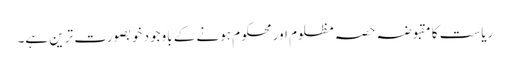
ریاست کا مقبوضہ حصہ مظلوم اور محکوم ہونے کے باوجود خوبصورت ترین ہے۔